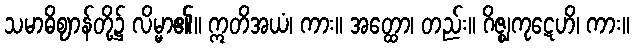
သမာဓိဈာန်တို့၌ လိမ္မာ၏။ ဣတိအယံ၊ ကား။ အတ္ထော၊ တည်း။ ဂိဇ္ဈကုဋေဟိ၊ ကား။